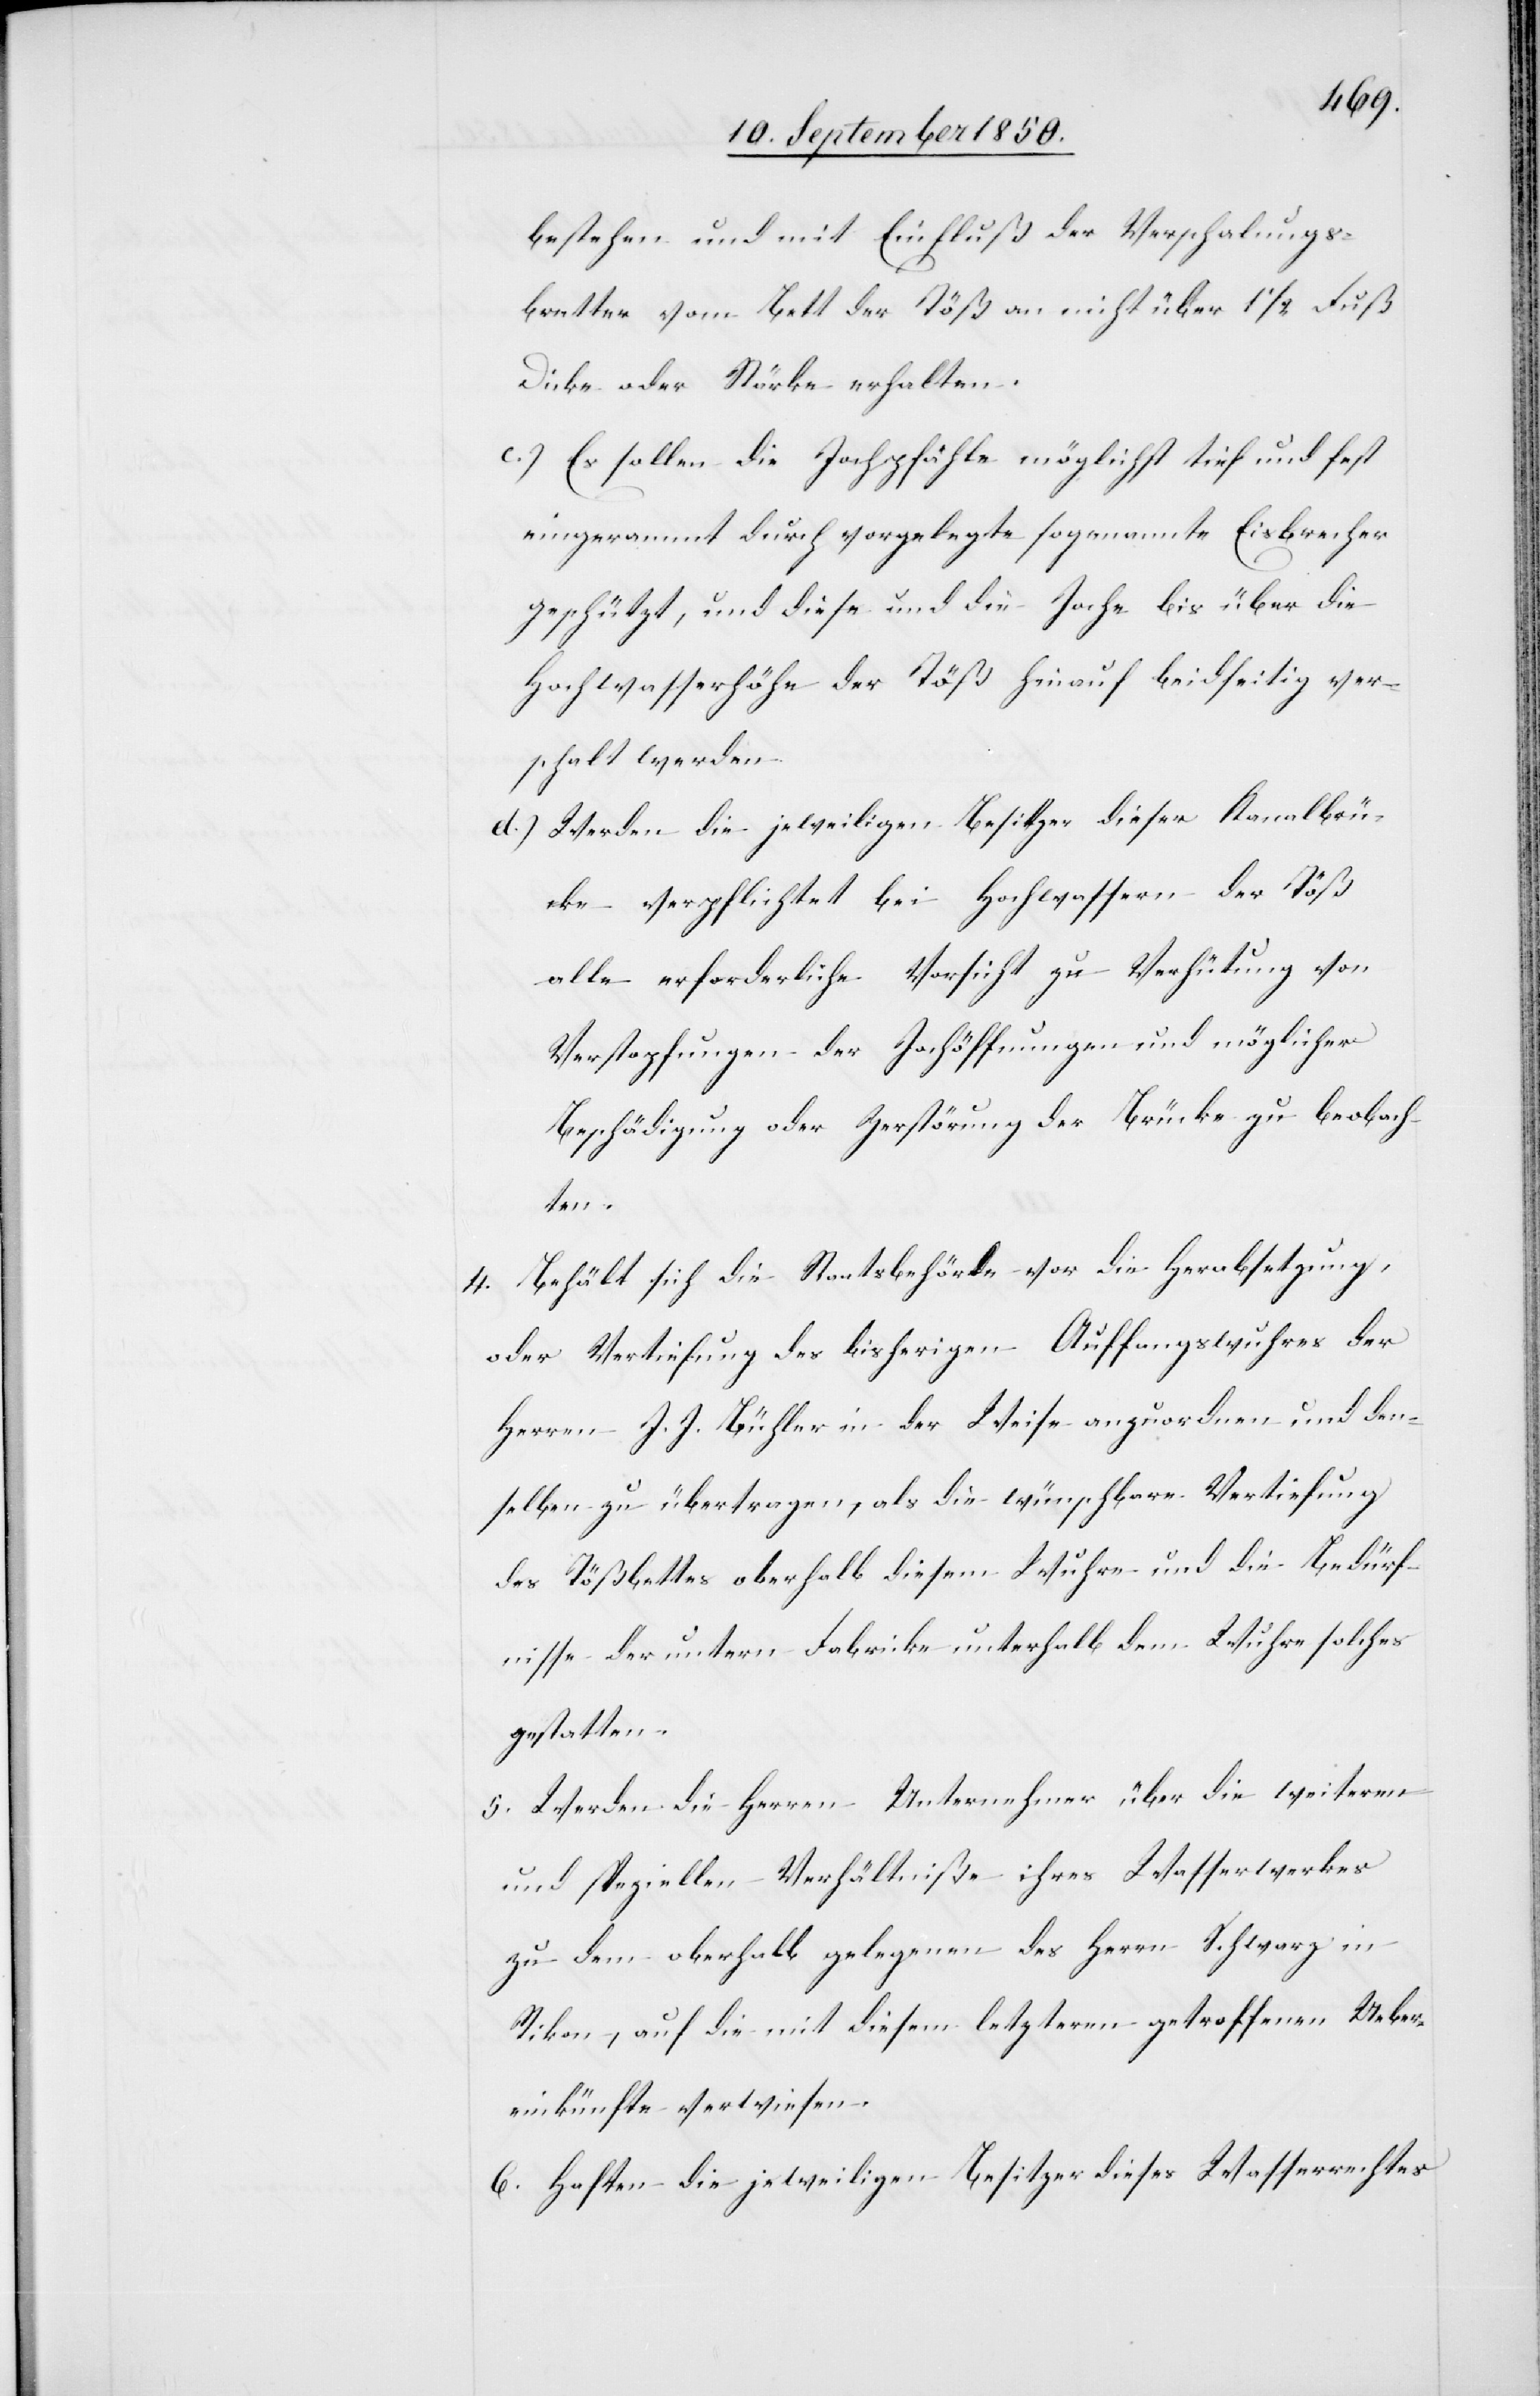
bestehen und mit Einfluß der Verschalungs¬
bretter vom Bett der Töß an nicht über 1 1/2 Fuß
Dicke oder Stärke erhalten.
c.) Es sollen die Jochpfähle möglichst tief und fest
eingerammt durch vorgelegte sogenannte Eisbrecher
geschützt, und diese und die Joche bis über die
Hochwasserhöhe der Töß hinauf beidseitig ver¬
schalt werden.
d.) Werden die jeweiligen Besitzer dieser Kanalbrü¬
cke verpflichtet bei Hochwassern der Töß
alle erforderliche Vorsicht zu Verhütung von
Verstopfungen der Jochöffnungen und möglicher
Beschädigung oder Zerstörung der Brücke zu beobach¬
ten.
Behält sich die Staatsbehörde vor die Herabsetzung,
4.
oder Vertiefung des bisherigen Auffangswuhres der
Herren J. J. Bühler in der Weise anzuordnen und den¬
selben zu übertragen, als die wünschbare Vertiefung
des Tößbettes oberhalb diesem Wuhre und die Bedürf¬
nisse der untern Fabricke unterhalb dem Wuhre solches
gestatten.
5. Werden die Herren Unternehmer über die weiteren
und speziellen Verhältniße ihres Wasserwerkes
zu dem oberhalb gelegenen des Herrn Schwarz in
Rikon, auf die mit diesem letzteren getroffenen Ueber¬
einkünfte verwiesen.
6. Hoften [sic!] die jeweiligen Besitzer dieses Wasserrechts